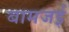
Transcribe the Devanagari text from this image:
बामजई